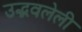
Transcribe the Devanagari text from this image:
उद्भवलेली